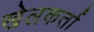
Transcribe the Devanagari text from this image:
खेलकर्ता